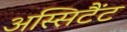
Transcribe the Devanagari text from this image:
अस्सिटैंट